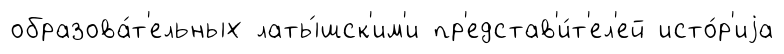
образова́т'ельных латы́шск'им'и пр'едстав'и́т'ел'ей исто́р'иjа